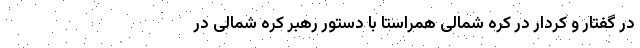
در گفتار و کردار در کره شمالی همراستا با دستور رهبر کره شمالی در